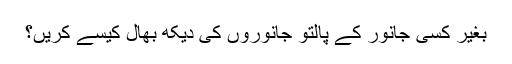
بغیر کسی جانور کے پالتو جانوروں کی دیکھ بھال کیسے کریں؟